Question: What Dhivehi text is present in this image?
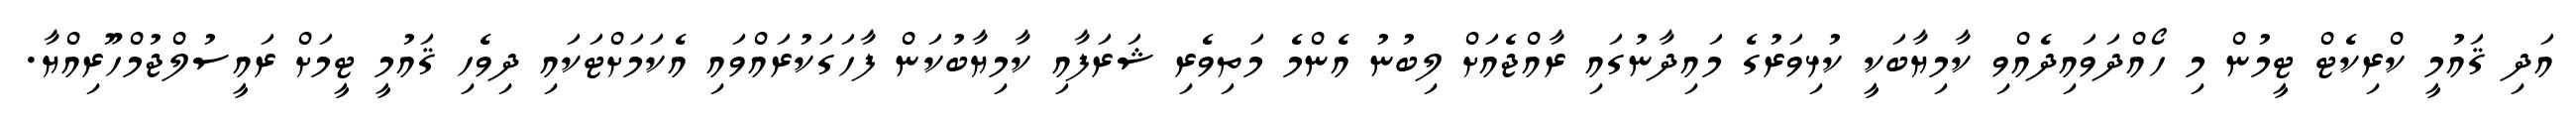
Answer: އަދި ޤައުމީ ކްރިކެޓް ޓީމުން މި ހޯއްދަވައިދެއްވި ކާމިޔާބަކީ ކުޅިވަރުގެ މައިދާނުގައި ރާއްޖެއަށް ލިބުނު އެންމެ މަތިވެރި ޝަރަފާއި ކާމިޔާބުކަން ފާހަގަކުރައްވައި އެކަމަށްޓަކައި ދިވެހި ޤައުމީ ޓީމަށް ރައީސުލްޖުމްހޫރިއްޔާ.